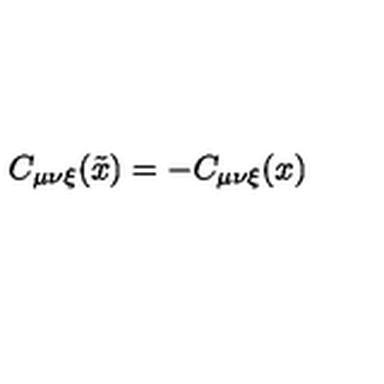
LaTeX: C _ { \mu \nu \xi } ( \tilde { x } ) = - C _ { \mu \nu \xi } ( x )